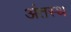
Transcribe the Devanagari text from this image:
अंतस्‍थ